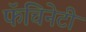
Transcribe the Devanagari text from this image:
फॅचिनेटी